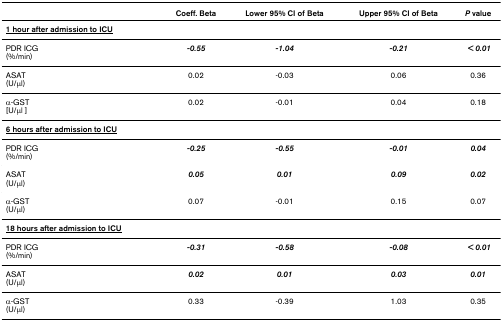
<table><thead><tr><td></td><td><b>Coeff. Beta</b></td><td><b>Lower 95% CI of Beta</b></td><td><b>Upper 95% CI of Beta</b></td><td><b><i>P </i>value</b></td></tr></thead><tbody><tr><td><b><underline>1 hour after admission to ICU</underline></b></td><td></td><td></td><td></td><td></td></tr><tr><td>PDR ICG(%/min)</td><td><b><i>-0.55</i></b></td><td><b><i>-1.04</i></b></td><td><b><i>-0.21</i></b></td><td><b><i> &lt; 0.01</i></b></td></tr><tr><td>ASAT(U/μl)</td><td>0.02</td><td>-0.03</td><td>0.06</td><td>0.36</td></tr><tr><td>α-GST[U/μl ]</td><td>0.02</td><td>-0.01</td><td>0.04</td><td>0.18</td></tr><tr><td><b><underline>6 hours after admission to ICU</underline></b></td><td></td><td></td><td></td><td></td></tr><tr><td>PDR ICG(%/min)</td><td><b><i>-0.25</i></b></td><td><b><i>-0.55</i></b></td><td><b><i>-0.01</i></b></td><td><b><i>0.04</i></b></td></tr><tr><td>ASAT(U/μl)</td><td><b><i>0.05</i></b></td><td><b><i>0.01</i></b></td><td><b><i>0.09</i></b></td><td><b><i>0.02</i></b></td></tr><tr><td>α-GST(U/μl)</td><td>0.07</td><td>-0.01</td><td>0.15</td><td>0.07</td></tr><tr><td><b><underline>18 hours after admission to ICU</underline></b></td><td></td><td></td><td></td><td></td></tr><tr><td>PDR ICG(%/min)</td><td><b><i>-0.31</i></b></td><td><b><i>-0.58</i></b></td><td><b><i>-0.08</i></b></td><td><b><i> &lt; 0.01</i></b></td></tr><tr><td>ASAT(U/μl)</td><td><b><i>0.02</i></b></td><td><b><i>0.01</i></b></td><td><b><i>0.03</i></b></td><td><b><i>0.01</i></b></td></tr><tr><td>α-GST(U/μl)</td><td>0.33</td><td>-0.39</td><td>1.03</td><td>0.35</td></tr></tbody></table>